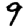
Digit: 9